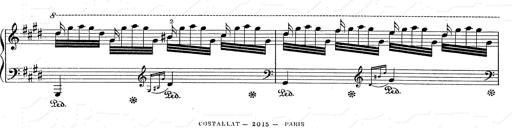
Title: Hungarian Rhapsody No.2
Composer: Franz Liszt
Key: C-sharp minor